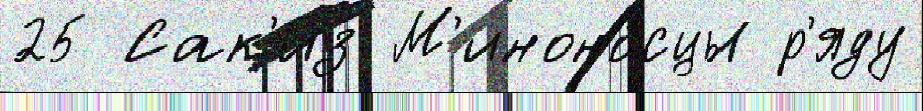
25 Сак'из М'иноно́сцы р'яду